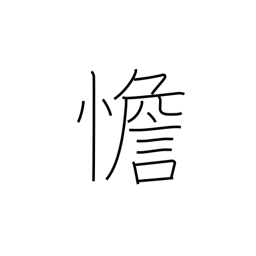
Meaning: calm